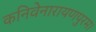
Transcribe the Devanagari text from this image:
कनिवेनारायणपुरम।